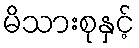
မိသားစုနှင့်